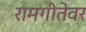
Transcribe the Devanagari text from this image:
रामगीतेवर